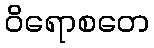
ဝိရောစတေ